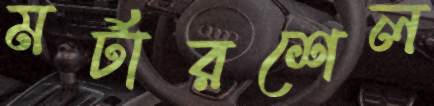
মর্টারশেল